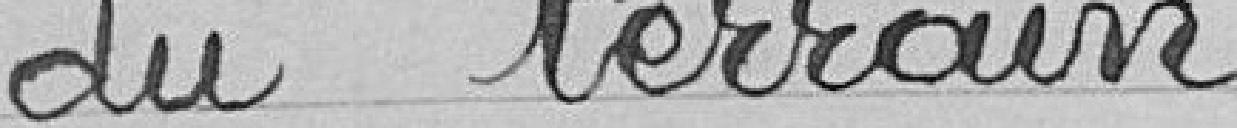
du terrain